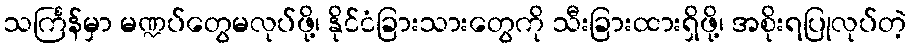
သင်္ကြန်မှာ မဏ္ဍပ်တွေမလုပ်ဖို့၊ နိုင်ငံခြားသားတွေကို သီးခြားထားရှိဖို့၊ အစိုးရပြုလုပ်တဲ့